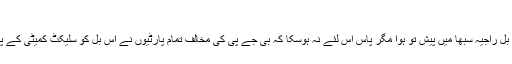
از: حفیظ نعمانی
ایک نشست میں تین طلاق بل راجیہ سبھا میں پیش تو ہوا مگر پاس اس لئے نہ ہوسکا کہ بی جے پی کی مخالف تمام پارٹیوں نے اس بل کو سلیکٹ کمیٹی کے پاس بھیجنے کا مشورہ دیا۔